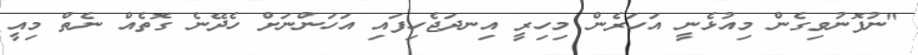
"ނުފޮނުވިގެން މިއުޅެނީ އަހަރެން މިހިރީ އިނދަޖެހިފައި އަހަންނަށް ހެދޭނެ ގޮތެއް ނެތް މިއީ